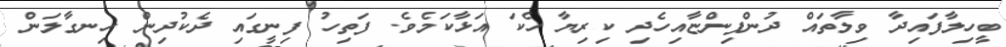
ބީހިލާފައިދާ ވިލާތައް ދުންފިންޏާއިހެދި ކިރިޔާ ހެކަ އަޅާކަމެވެ. ފަތިހު ފިނީގައި ދެކުދިން ހިނގާލަން